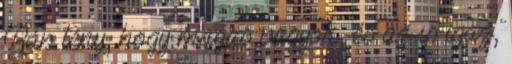
Bár tény, hogy magas vagyok, és az is igaz,